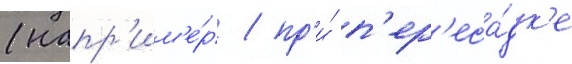
(напр'им'е́р / пр'и́ п'ер'еса́дк'е